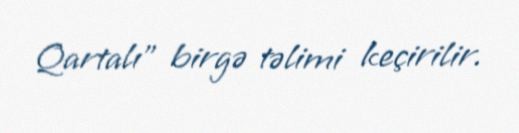
Qartalı” birgə təlimi keçirilir.